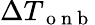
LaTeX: \Delta T_{\mathrm{~o~n~b~}}